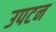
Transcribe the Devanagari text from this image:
उपटन